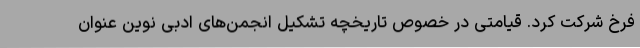
فرخ شرکت کرد. قیامتی در خصوص تاریخچه تشکیل انجمن‌های ادبی نوین عنوان